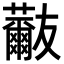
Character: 𧄬